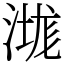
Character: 㴳